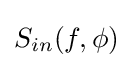
S_{in}(f,\phi )